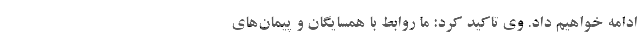
ادامه خواهیم داد. وی تاکید کرد: ما روابط با همسایگان و پیمان‌های